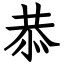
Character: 恭